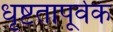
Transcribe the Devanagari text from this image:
धृष्टतापूर्वक